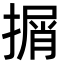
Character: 㨝